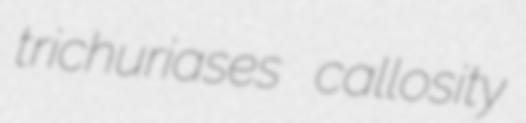
trichuriases callosity